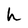
Character: h